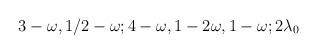
LaTeX: \begin{align*}3-\omega,1/2-\omega;4-\omega,1-2\omega,1-\omega;2\lambda_0\end{align*}